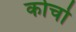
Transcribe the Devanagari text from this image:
कोचो